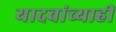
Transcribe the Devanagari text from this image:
यादवांच्याही